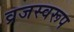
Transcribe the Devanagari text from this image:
व्रजस्वरूप